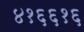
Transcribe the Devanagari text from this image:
४१६६१६